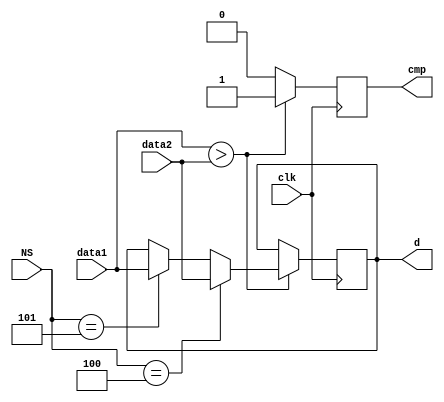
`timescale 1ns / 1ps
//////////////////////////////////////////////////////////////////////////////////
// Company: 
// Engineer: 
// 
// Design Name: 
// Module Name: Data_change
// Project Name: 
// Target Devices: 
// Tool Versions: 
// Description: 
// 
// Dependencies: 
// 
// Revision:
// Revision 0.01 - File Created
// Additional Comments:
// 
//////////////////////////////////////////////////////////////////////////////////


module Data_change(
    input [31:0] data1, data2,
    input clk,
    input [3:0] NS,
    output reg cmp,
    output reg [31:0] d
    );

    always @(posedge clk) begin
        if(data1 > data2)begin
            cmp <= 1;
            if(NS == 4'b0100)
                d <= data2;
            else if(NS == 4'b0101)
                d <= data1;
            else 
                d <= d;
        end
        else begin
            cmp <= 0;
        end
    end
endmodule